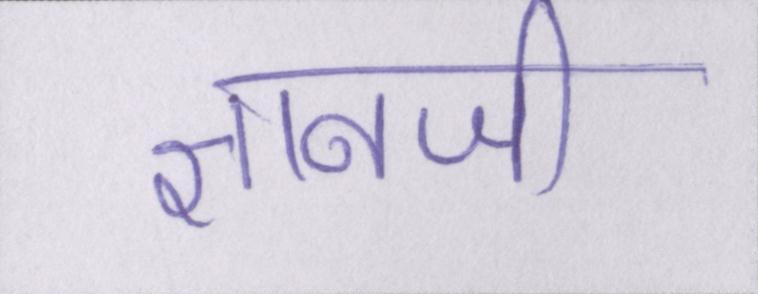
ज्ञानजी